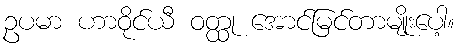
ဥပမာ ဟာဝိုင်ယီ ဝတ္ထု အောင်မြင်တာမျိုးပေါ့။